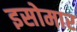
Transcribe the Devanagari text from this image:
इसोमार